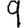
Digit: 9